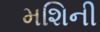
મશિની